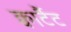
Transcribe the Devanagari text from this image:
क्वार्टैट